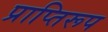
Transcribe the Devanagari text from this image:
प्राप्तिरूप